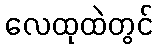
လေထုထဲတွင်